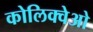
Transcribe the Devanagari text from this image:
कोलिक्वेओ